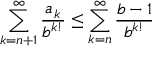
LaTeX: \sum _ { k = n + 1 } ^ { \infty } { \frac { a _ { k } } { b ^ { k ! } } } \leq \sum _ { k = n } ^ { \infty } { \frac { b - 1 } { b ^ { k ! } } }